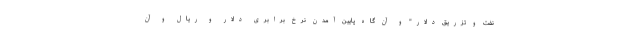
نفت و تزریق دلار" و آن گاه پایین آمدن نرخ برابری دلار و ریال و آن